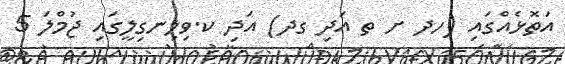
އަތޮޅެއްގައި (ހދ ށ ތ އަދި ގދ) އަދި ކ.ވިލިނގިލީގައި ޖުމްލަ 5